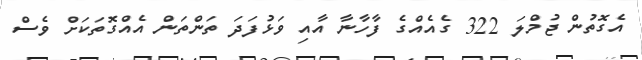
އެގޮތުން ޖުމްލަ 322 ގެއެއްގެ ފާހާނާ އާއި ވަޅުފަދަ ތަންތަން އެއްގޮތަކަށް ވެސް